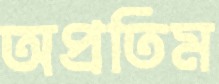
অপ্রতিম